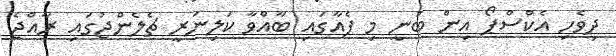
ދިވެހި އެކްސްޕޯ އިން ބުނީ މި ފެއާގައި ބާއްވާ ކަލިނަރީ ޗެލެންޖުގައި ރާއްޖެ